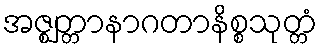
အဇ္ဈတ္တာနာဂတာနိစ္စသုတ္တံ